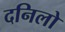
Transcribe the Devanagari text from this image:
दनिलो